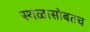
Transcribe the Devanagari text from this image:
स्थळासोबतच